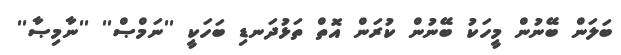
ބަލަން ބޭނުން މީހަކު ބޭނުން ކުރަން އޮތް ތަޅުދަނޑި ބަހަކީ ''ނަމްޞް'' ''ނާމިޞާ''